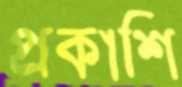
প্রকাশি